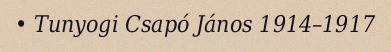
• Tunyogi Csapó János 1914–1917